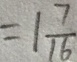
= 1 \frac { 7 } { 1 6 }